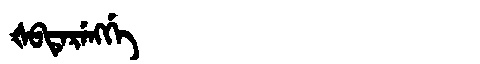
Manchu: ᡧᠪᡨᡝᡵᡝᠩᡤᡝ
Romanization: ŠBTERENGGE